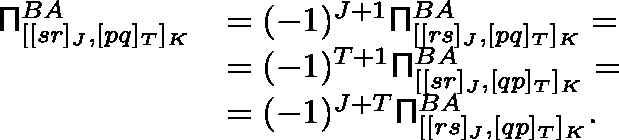
\begin{array} { r l } { \mathsf { \Pi } _ { [ [ s r ] _ { J } , [ p q ] _ { T } ] _ { K } } ^ { B A } } & { = ( - 1 ) ^ { J + 1 } \mathsf { \Pi } _ { [ [ r s ] _ { J } , [ p q ] _ { T } ] _ { K } } ^ { B A } = } \\ & { = ( - 1 ) ^ { T + 1 } \mathsf { \Pi } _ { [ [ s r ] _ { J } , [ q p ] _ { T } ] _ { K } } ^ { B A } = } \\ & { = ( - 1 ) ^ { J + T } \mathsf { \Pi } _ { [ [ r s ] _ { J } , [ q p ] _ { T } ] _ { K } } ^ { B A } . } \end{array}